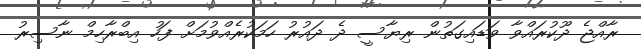
ރާއްޖެ ދޫކުރައްވާ ވަޑައިގަތުން ރިޔާސީ ދެ ދައުރު ހަމަކުރެއްވުމަށް ފަހު އިބްރާހިމް ނާސިރު